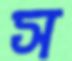
স